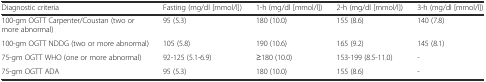
| Diagnostic criteria | Fasting (mg/dl [mmol/l]) | 1-h (mg/dl [mmol/l]) | 2-h (mg/dl [mmol/l]) | 3-h (mg/dl [mmol/l]) |
 | --- | --- | --- | --- | --- |
 | 100-gm OGTT Carpenter/Coustan (two or more abnormal) | 95 (5.3) | 180 (10.0) | 155 (8.6) | 140 (7.8) |
 | 100-gm OGTT NDDG (two or more abnormal) | 105 (5.8) | 190 (10.6) | 165 (9.2) | 145 (8.1) |
 | 75-gm OGTT WHO (one or more abnormal) | 92-125 (5.1-6.9) | ≥180 (10.0) | 153-199 (8.5-11.0) | - |
 | 75-gm OGTT ADA | 95 (5.3) | 180 (10.0) | 155 (8.6) | - |